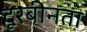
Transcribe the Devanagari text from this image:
दूरबीनता